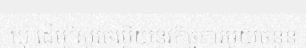
ឃុំ ដើម្បីសួរចម្លើយនូវកិច្ចការមួយចំនួន